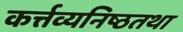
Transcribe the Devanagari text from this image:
कर्त्तव्यनिष्ठतथा